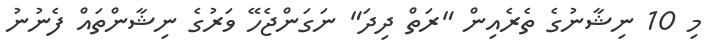
މި 10 ނިޝާނުގެ ތެރެއިން "ރަތް ދިދަ" ނަގަންޖެހޭ ވަރުގެ ނިޝާންތައް ފެނުނު